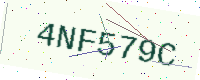
Text: 4NF579C